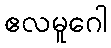
ဧလမူဂေါ